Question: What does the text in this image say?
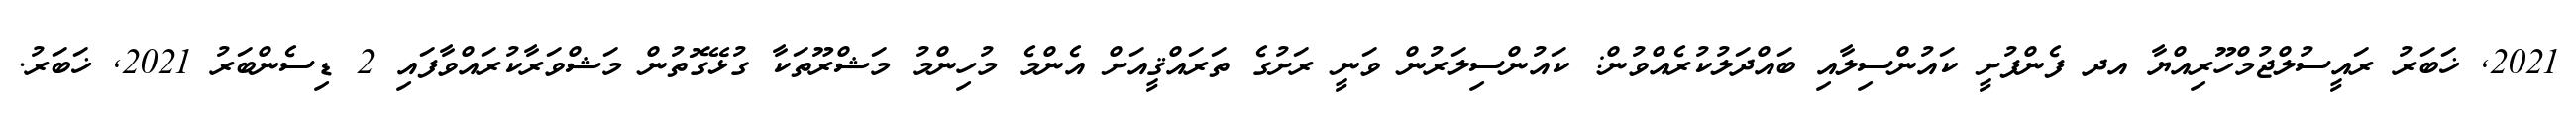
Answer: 2021, ޚަބަރު ރައީސުލްޖުމްހޫރިއްޔާ އދ ފެންފުށީ ކައުންސިލާއި ބައްދަލުކުރެއްވުން: ކައުންސިލަރުން ވަނީ ރަށުގެ ތަރައްޤީއަށް އެންމެ މުހިންމު މަޝްރޫތަކާ ގުޅޭގޮތުން މަޝްވަރާކުރައްވާފައި 2 ޑިސެންބަރު 2021, ޚަބަރު.